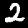
Label: 2